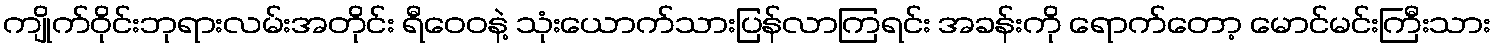
ကျိုက်ဝိုင်းဘုရားလမ်းအတိုင်း ရီဝေဝနဲ့ သုံးယောက်သားပြန်လာကြရင်း အခန်းကို ရောက်တော့ မောင်မင်းကြီးသား